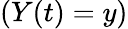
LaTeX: (Y(t)=y)